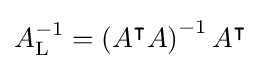
A_{\mathrm {L} }^{-1}=\left(A^{\intercal }A\right)^{-1}A^{\intercal }